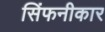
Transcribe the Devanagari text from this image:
सिंफनीकार